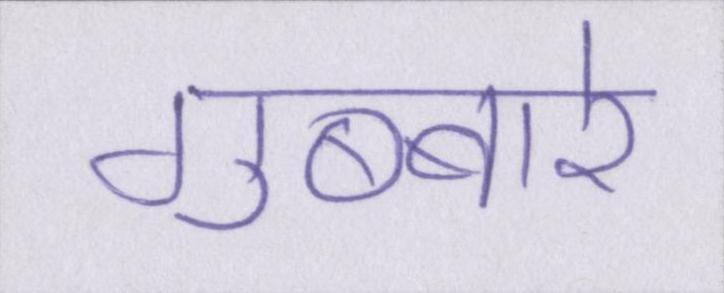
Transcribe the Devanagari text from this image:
गुब्बारे